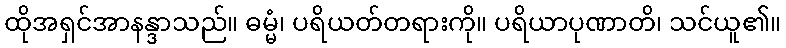
ထိုအရှင်အာနန္ဒာသည်။ ဓမ္မံ၊ ပရိယတ်တရားကို။ ပရိယာပုဏာတိ၊ သင်ယူ၏။